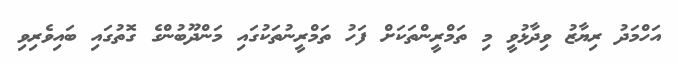
އަހްމަދު ރިޔާޒު ވިދާޅުވީ މި ތަމްރީންތަކަށް ފަހު ތަމްރީނުތަކުގައި މަންދޫބުންގެ ގޮތުގައި ބައިވެރިވި